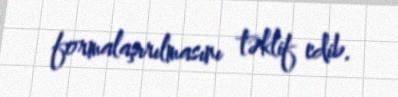
formalaşırılmasını təklif edib.